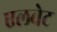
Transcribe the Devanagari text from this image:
एलवेट